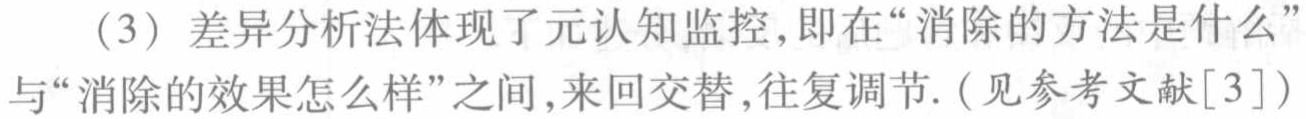
（3）差异分析法体现了元认知监控,即在“消除的方法是什么”与“消除的效果怎么样”之间,来回交替,往复调节.（见参考文献[3]）